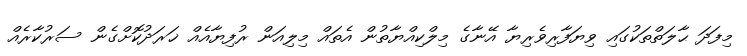
މިފަދަ ޙާލަތްތަކުގައި ވިޔަފާރިވެރިޔާ އޭނާގެ މިލްކިއްޔާތުން އެތައް މިލިއަން ރުފިޔާއެއް ޚަރަދުކޮށްގެން ސަރުކާރެއް